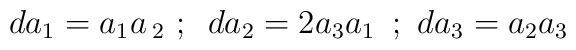
da_{1}=a_{1}a\,_{2}\,\,;\,\,\,da_{2}=2a_{3}a_{1}\,\,\,;\,\,da_{3}=a_{2}a_{3}